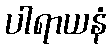
ပါရာယနံ